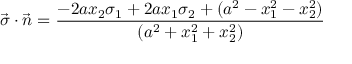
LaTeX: \vec { \sigma } \cdot \vec { n } = { \frac { - 2 a x _ { 2 } \sigma _ { 1 } + 2 a x _ { 1 } \sigma _ { 2 } + ( a ^ { 2 } - x _ { 1 } ^ { 2 } - x _ { 2 } ^ { 2 } ) } { ( a ^ { 2 } + x _ { 1 } ^ { 2 } + x _ { 2 } ^ { 2 } ) } }